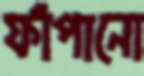
ফাঁপানো